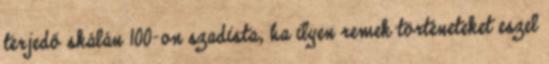
terjedő skálán 100-on szadista, ha ilyen remek történeteket eszel